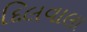
દિલવાલા